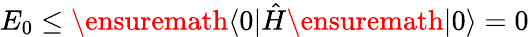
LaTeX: E_{0}\leq\ensuremath{\langle 0\vert}\hat{H}\ensuremath{\vert 0\rangle}=0